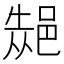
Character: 𮟾